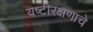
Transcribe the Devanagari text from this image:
यष्टीरक्षणाचे